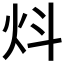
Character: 炓